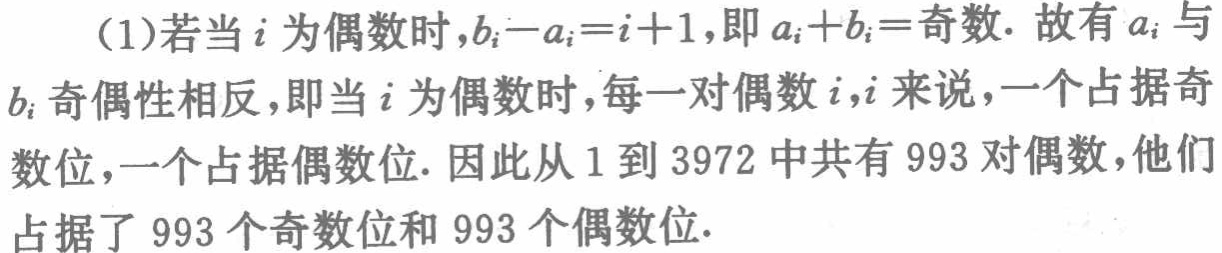
(1)若当\(i\)为偶数时，\(b_{i}-a_{i}=i + 1\)，即\(a_{i}+b_{i}=\)奇数. 故有\(a_{i}\)与\(b_{i}\)奇偶性相反，即当\(i\)为偶数时，每一对偶数\(i,i\)来说，一个占据奇数位，一个占据偶数位. 因此从\(1\)到\(3972\)中共有\(993\)对偶数，他们占据了\(993\)个奇数位和\(993\)个偶数位.